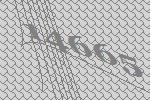
14665